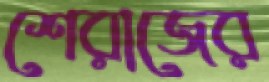
শেরাজের